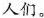
人们。